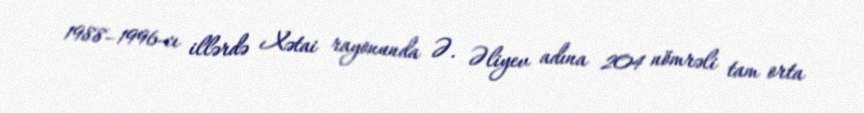
1988–1996-cı illərdə Xətai rayonunda Ə. Əliyev adına 204 nömrəli tam orta